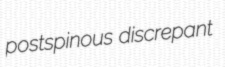
postspinous discrepant